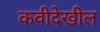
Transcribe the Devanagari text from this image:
कवीदेखील